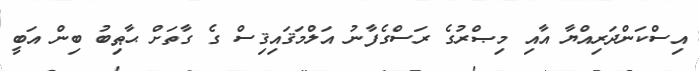
އިސްކަންދަރިއްޔާ އާއި މިޞްރުގެ ރަސްގެފާނު އަލްމަޤައިޤިސް ގެ ގާތަށް ޙާޠިބު ބިން އަބީ